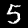
Digit: 5